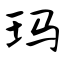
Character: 玛